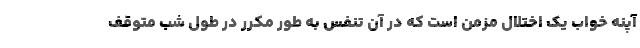
آپنه خواب یک اختلال مزمن است که در آن تنفس به طور مکرر در طول شب متوقف